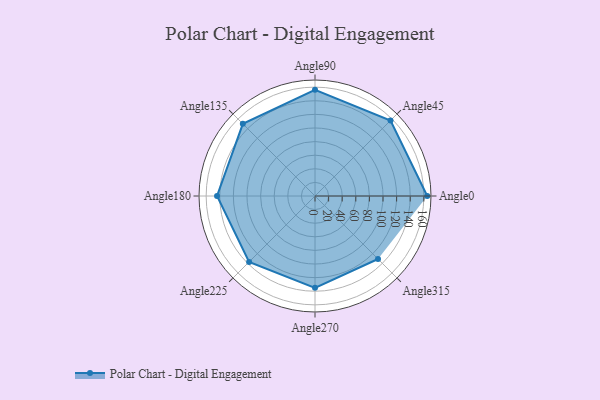
{"axis": {"x": "Angle", "y": "Radius"}, "legend": [""], "data": [{"x": "Angle0", "y": 165.0, "type": ""}, {"x": "Angle45", "y": 157.0, "type": ""}, {"x": "Angle90", "y": 156.0, "type": ""}, {"x": "Angle135", "y": 150.0, "type": ""}, {"x": "Angle180", "y": 144.0, "type": ""}, {"x": "Angle225", "y": 137.0, "type": ""}, {"x": "Angle270", "y": 135.0, "type": ""}, {"x": "Angle315", "y": 131.0, "type": ""}]}